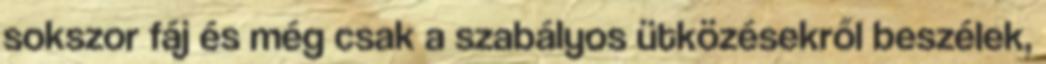
sokszor fáj és még csak a szabályos ütközésekről beszélek,